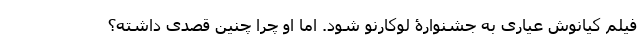
فیلم کیانوش عیاری به جشنوارۀ لوکارنو شود. اما او چرا چنین قصدی داشته؟